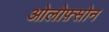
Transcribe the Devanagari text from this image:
ओलोफ़्सोन